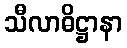
သီလာဓိဋ္ဌာနာ